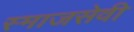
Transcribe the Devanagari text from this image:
स्माजसेवी